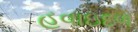
હવાઇદળ